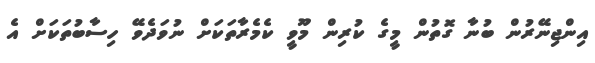
އިންޖިނޭރުން ބުނާ ގޮތުން މީގެ ކުރިން މޫވީ ކެމެރާތަކަށް ނުވަދެވޭ ހިސާބުތަކަށް އެ